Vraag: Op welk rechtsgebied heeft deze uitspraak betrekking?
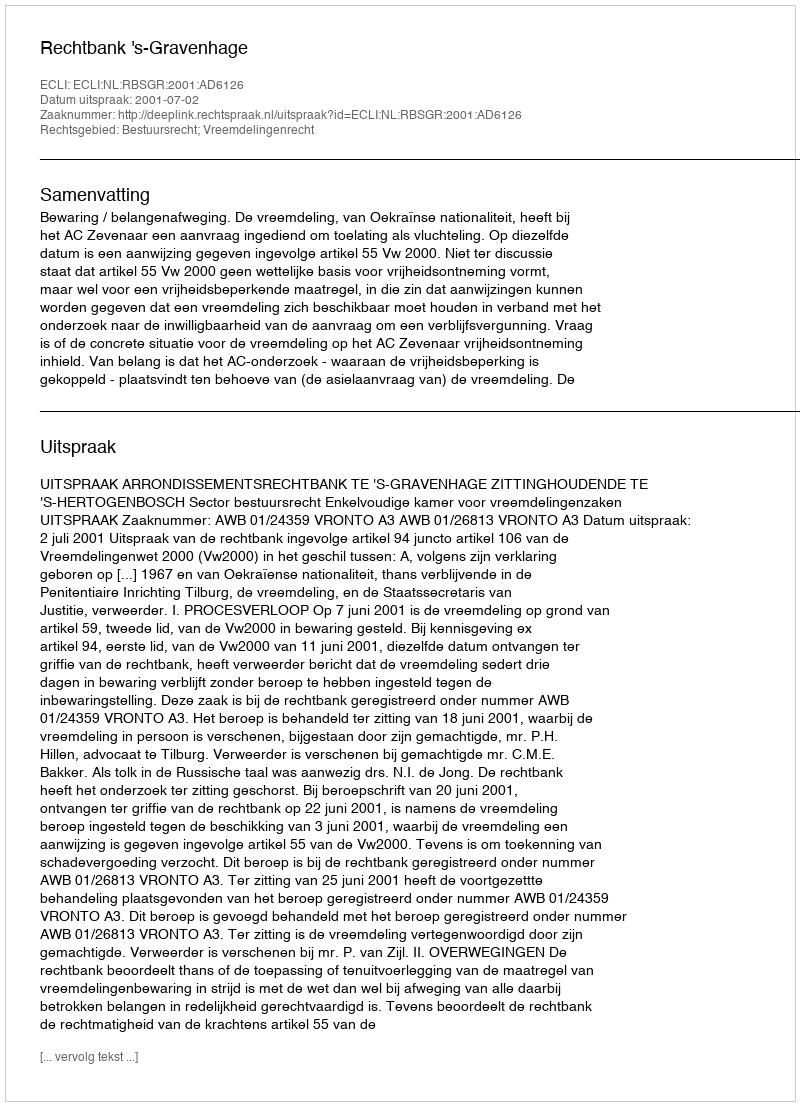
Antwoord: Bestuursrecht; Vreemdelingenrecht